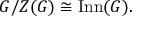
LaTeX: G / Z ( G ) \cong \operatorname { I n n } ( G ) .